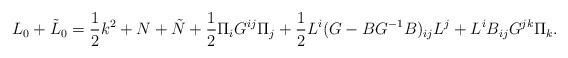
LaTeX: \begin{align*}L_0+\tilde{ L}_0=\frac{1}{2}k^2+N+\tilde{ N}+\frac{1}{2}\Pi_iG^{ij}\Pi_j+\frac{1}{2}L^i(G-BG^{-1}B)_{ij}L^j+L^iB_{ij}G^{jk}\Pi_k.\end{align*}